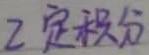
$2$ 定积分